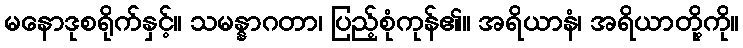
မနောဒုစရိုက်နှင့်။ သမန္နာဂတာ၊ ပြည့်စုံကုန်၏။ အရိယာနံ၊ အရိယာတို့ကို။